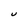
Character: U